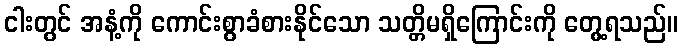
ငါးတွင် အနံ့ကို ကောင်းစွာခံစားနိုင်သော သတ္တိမရှိကြောင်းကို တွေ့ရသည်။